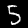
Label: 5